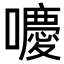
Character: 𡂻